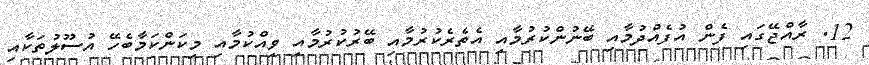
12. ރާއްޖޭގައި ފެން އުފެއްދުމާއި ބޭނުންކުރުމާއި އެތެރެކުރުމާއި ބޭރުކުރުމާއި ވިއްކުމާއި މިކަންކަމާބެހޭ އުސޫލުތަކާއި